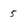
Character: 5